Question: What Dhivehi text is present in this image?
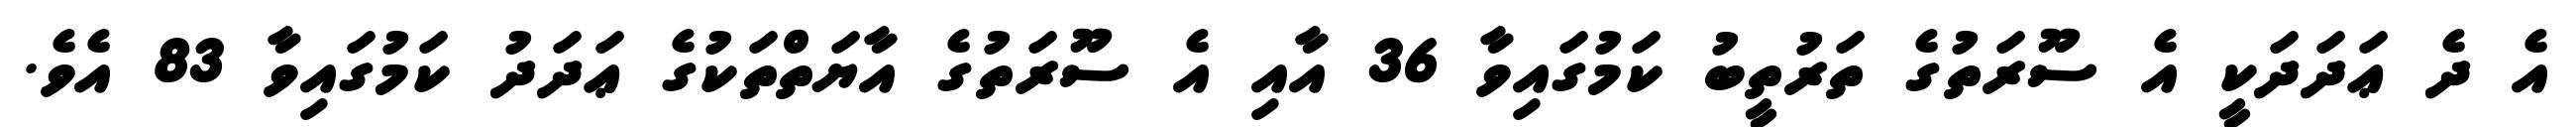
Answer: އެ ދެ ޢަދަދަކީ އެ ސޫރަތުގެ ތަރުތީބު ކަމުގައިވާ 36 އާއި އެ ސޫރަތުގެ އާޔަތްތަކުގެ ޢަދަދު ކަމުގައިވާ 83 އެވެ.